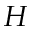
H